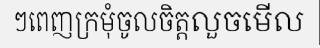
ៗពេញក្រមុំចូលចិត្តលួចមើល